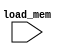
//////////////////////////////////////////////////////////////////////////////////
// Company: 
// Engineer: 
// 
// Design Name: 
// Module Name: X_Rom
// Project Name: 
// Target Devices: 
// Tool Versions: 
// Description: 
// 
// Dependencies: 
// 
// Revision:
// Revision 0.01 - File Created
// Additional Comments:
// 
//////////////////////////////////////////////////////////////////////////////////

module X_Rom(
  input load_mem
);
    reg [31:0] mem [511:0];
    always @(posedge load_mem)
    begin
        mem[0] = 10'b1100000001;
        mem[1] = 10'b1100000010;
        mem[2] = 10'b1100000011;
        mem[3] = 10'b1100000100;
        mem[4] = 10'b1100000101;
        mem[5] = 10'b1100000110;
        mem[6] = 10'b1100000111;
        mem[7] = 10'b1100001000;
        mem[8] = 10'b1100001001;
        mem[9] = 10'b1100001010;
        mem[10] = 10'b1100001011;
        mem[11] = 10'b1100001100;
        mem[12] = 10'b1100001101;
        mem[13] = 10'b1100001110;
        mem[14] = 10'b1100001111;
        mem[15] = 10'b1100010000;
        mem[16] = 10'b1100010001;
        mem[17] = 10'b1100010010;
        mem[18] = 10'b1100010011;
        mem[19] = 10'b1100010100;
        mem[20] = 10'b1100010101;
        mem[21] = 10'b1100010110;
        mem[22] = 10'b1100010111;
        mem[23] = 10'b1100011000;
        mem[24] = 10'b1100011001;
        mem[25] = 10'b1100011010;
        mem[26] = 10'b1100011011;
        mem[27] = 10'b1100011100;
        mem[28] = 10'b1100011101;
        mem[29] = 10'b1100011110;
        mem[30] = 10'b1100011111;
        mem[31] = 10'b1100100000;
        mem[32] = 10'b1100100001;
        mem[33] = 10'b1100100010;
        mem[34] = 10'b1100100011;
        mem[35] = 10'b1100100100;
        mem[36] = 10'b1100100101;
        mem[37] = 10'b1100100110;
        mem[38] = 10'b1100100111;
        mem[39] = 10'b1100101000;
        mem[40] = 10'b1100101001;
        mem[41] = 10'b1100101010;
        mem[42] = 10'b1100101011;
        mem[43] = 10'b1100101100;
        mem[44] = 10'b1100101101;
        mem[45] = 10'b1100101110;
        mem[46] = 10'b1100101111;
        mem[47] = 10'b1100110000;
        mem[48] = 10'b1100110001;
        mem[49] = 10'b1100110010;
        mem[50] = 10'b1100110011;
        mem[51] = 10'b1100110100;
        mem[52] = 10'b1100110101;
        mem[53] = 10'b1100110110;
        mem[54] = 10'b1100110111;
        mem[55] = 10'b1100111000;
        mem[56] = 10'b1100111001;
        mem[57] = 10'b1100111010;
        mem[58] = 10'b1100111011;
        mem[59] = 10'b1100111100;
        mem[60] = 10'b1100111101;
        mem[61] = 10'b1100111110;
        mem[62] = 10'b1100111111;
        mem[63] = 10'b1101000000;
        mem[64] = 10'b1101000001;
        mem[65] = 10'b1101000010;
        mem[66] = 10'b1101000011;
        mem[67] = 10'b1101000100;
        mem[68] = 10'b1101000101;
        mem[69] = 10'b1101000110;
        mem[70] = 10'b1101000111;
        mem[71] = 10'b1101001000;
        mem[72] = 10'b1101001001;
        mem[73] = 10'b1101001010;
        mem[74] = 10'b1101001011;
        mem[75] = 10'b1101001100;
        mem[76] = 10'b1101001101;
        mem[77] = 10'b1101001110;
        mem[78] = 10'b1101001111;
        mem[79] = 10'b1101010000;
        mem[80] = 10'b1101010001;
        mem[81] = 10'b1101010010;
        mem[82] = 10'b1101010011;
        mem[83] = 10'b1101010100;
        mem[84] = 10'b1101010101;
        mem[85] = 10'b1101010110;
        mem[86] = 10'b1101010111;
        mem[87] = 10'b1101011000;
        mem[88] = 10'b1101011001;
        mem[89] = 10'b1101011010;
        mem[90] = 10'b1101011011;
        mem[91] = 10'b1101011100;
        mem[92] = 10'b1101011101;
        mem[93] = 10'b1101011110;
        mem[94] = 10'b1101011111;
        mem[95] = 10'b1101100000;
        mem[96] = 10'b1101100001;
        mem[97] = 10'b1101100010;
        mem[98] = 10'b1101100011;
        mem[99] = 10'b1101100100;
        mem[100] = 10'b1101100101;
        mem[101] = 10'b1101100110;
        mem[102] = 10'b1101100111;
        mem[103] = 10'b1101101000;
        mem[104] = 10'b1101101001;
        mem[105] = 10'b1101101010;
        mem[106] = 10'b1101101011;
        mem[107] = 10'b1101101100;
        mem[108] = 10'b1101101101;
        mem[109] = 10'b1101101110;
        mem[110] = 10'b1101101111;
        mem[111] = 10'b1101110000;
        mem[112] = 10'b1101110001;
        mem[113] = 10'b1101110010;
        mem[114] = 10'b1101110011;
        mem[115] = 10'b1101110100;
        mem[116] = 10'b1101110101;
        mem[117] = 10'b1101110110;
        mem[118] = 10'b1101110111;
        mem[119] = 10'b1101111000;
        mem[120] = 10'b1101111001;
        mem[121] = 10'b1101111010;
        mem[122] = 10'b1101111011;
        mem[123] = 10'b1101111100;
        mem[124] = 10'b1101111101;
        mem[125] = 10'b1101111110;
        mem[126] = 10'b1101111111;
        mem[127] = 10'b1110000000;
        mem[128] = 10'b1110000001;
        mem[129] = 10'b1110000010;
        mem[130] = 10'b1110000011;
        mem[131] = 10'b1110000100;
        mem[132] = 10'b1110000101;
        mem[133] = 10'b1110000110;
        mem[134] = 10'b1110000111;
        mem[135] = 10'b1110001000;
        mem[136] = 10'b1110001001;
        mem[137] = 10'b1110001010;
        mem[138] = 10'b1110001011;
        mem[139] = 10'b1110001100;
        mem[140] = 10'b1110001101;
        mem[141] = 10'b1110001110;
        mem[142] = 10'b1110001111;
        mem[143] = 10'b1110010000;
        mem[144] = 10'b1110010001;
        mem[145] = 10'b1110010010;
        mem[146] = 10'b1110010011;
        mem[147] = 10'b1110010100;
        mem[148] = 10'b1110010101;
        mem[149] = 10'b1110010110;
        mem[150] = 10'b1110010111;
        mem[151] = 10'b1110011000;
        mem[152] = 10'b1110011001;
        mem[153] = 10'b1110011010;
        mem[154] = 10'b1110011011;
        mem[155] = 10'b1110011100;
        mem[156] = 10'b1110011101;
        mem[157] = 10'b1110011110;
        mem[158] = 10'b1110011111;
        mem[159] = 10'b1110100000;
        mem[160] = 10'b1110100001;
        mem[161] = 10'b1110100010;
        mem[162] = 10'b1110100011;
        mem[163] = 10'b1110100100;
        mem[164] = 10'b1110100101;
        mem[165] = 10'b1110100110;
        mem[166] = 10'b1110100111;
        mem[167] = 10'b1110101000;
        mem[168] = 10'b1110101001;
        mem[169] = 10'b1110101010;
        mem[170] = 10'b1110101011;
        mem[171] = 10'b1110101100;
        mem[172] = 10'b1110101101;
        mem[173] = 10'b1110101110;
        mem[174] = 10'b1110101111;
        mem[175] = 10'b1110110000;
        mem[176] = 10'b1110110001;
        mem[177] = 10'b1110110010;
        mem[178] = 10'b1110110011;
        mem[179] = 10'b1110110100;
        mem[180] = 10'b1110110101;
        mem[181] = 10'b1110110110;
        mem[182] = 10'b1110110111;
        mem[183] = 10'b1110111000;
        mem[184] = 10'b1110111001;
        mem[185] = 10'b1110111010;
        mem[186] = 10'b1110111011;
        mem[187] = 10'b1110111100;
        mem[188] = 10'b1110111101;
        mem[189] = 10'b1110111110;
        mem[190] = 10'b1110111111;
        mem[191] = 10'b1111000000;
        mem[192] = 10'b1111000001;
        mem[193] = 10'b1111000010;
        mem[194] = 10'b1111000011;
        mem[195] = 10'b1111000100;
        mem[196] = 10'b1111000101;
        mem[197] = 10'b1111000110;
        mem[198] = 10'b1111000111;
        mem[199] = 10'b1111001000;
        mem[200] = 10'b1111001001;
        mem[201] = 10'b1111001010;
        mem[202] = 10'b1111001011;
        mem[203] = 10'b1111001100;
        mem[204] = 10'b1111001101;
        mem[205] = 10'b1111001110;
        mem[206] = 10'b1111001111;
        mem[207] = 10'b1111010000;
        mem[208] = 10'b1111010001;
        mem[209] = 10'b1111010010;
        mem[210] = 10'b1111010011;
        mem[211] = 10'b1111010100;
        mem[212] = 10'b1111010101;
        mem[213] = 10'b1111010110;
        mem[214] = 10'b1111010111;
        mem[215] = 10'b1111011000;
        mem[216] = 10'b1111011001;
        mem[217] = 10'b1111011010;
        mem[218] = 10'b1111011011;
        mem[219] = 10'b1111011100;
        mem[220] = 10'b1111011101;
        mem[221] = 10'b1111011110;
        mem[222] = 10'b1111011111;
        mem[223] = 10'b1111100000;
        mem[224] = 10'b1111100001;
        mem[225] = 10'b1111100010;
        mem[226] = 10'b1111100011;
        mem[227] = 10'b1111100100;
        mem[228] = 10'b1111100101;
        mem[229] = 10'b1111100110;
        mem[230] = 10'b1111100111;
        mem[231] = 10'b1111101000;
        mem[232] = 10'b1111101001;
        mem[233] = 10'b1111101010;
        mem[234] = 10'b1111101011;
        mem[235] = 10'b1111101100;
        mem[236] = 10'b1111101101;
        mem[237] = 10'b1111101110;
        mem[238] = 10'b1111101111;
        mem[239] = 10'b1111110000;
        mem[240] = 10'b1111110001;
        mem[241] = 10'b1111110010;
        mem[242] = 10'b1111110011;
        mem[243] = 10'b1111110100;
        mem[244] = 10'b1111110101;
        mem[245] = 10'b1111110110;
        mem[246] = 10'b1111110111;
        mem[247] = 10'b1111111000;
        mem[248] = 10'b1111111001;
        mem[249] = 10'b1111111010;
        mem[250] = 10'b1111111011;
        mem[251] = 10'b1111111100;
        mem[252] = 10'b1111111101;
        mem[253] = 10'b1111111110;
        mem[254] = 10'b1111111111;
        mem[255] = 10'b0000000000;
        mem[256] = 10'b0000000001;
        mem[257] = 10'b0000000010;
        mem[258] = 10'b0000000011;
        mem[259] = 10'b0000000100;
        mem[260] = 10'b0000000101;
        mem[261] = 10'b0000000110;
        mem[262] = 10'b0000000111;
        mem[263] = 10'b0000001000;
        mem[264] = 10'b0000001001;
        mem[265] = 10'b0000001010;
        mem[266] = 10'b0000001011;
        mem[267] = 10'b0000001100;
        mem[268] = 10'b0000001101;
        mem[269] = 10'b0000001110;
        mem[270] = 10'b0000001111;
        mem[271] = 10'b0000010000;
        mem[272] = 10'b0000010001;
        mem[273] = 10'b0000010010;
        mem[274] = 10'b0000010011;
        mem[275] = 10'b0000010100;
        mem[276] = 10'b0000010101;
        mem[277] = 10'b0000010110;
        mem[278] = 10'b0000010111;
        mem[279] = 10'b0000011000;
        mem[280] = 10'b0000011001;
        mem[281] = 10'b0000011010;
        mem[282] = 10'b0000011011;
        mem[283] = 10'b0000011100;
        mem[284] = 10'b0000011101;
        mem[285] = 10'b0000011110;
        mem[286] = 10'b0000011111;
        mem[287] = 10'b0000100000;
        mem[288] = 10'b0000100001;
        mem[289] = 10'b0000100010;
        mem[290] = 10'b0000100011;
        mem[291] = 10'b0000100100;
        mem[292] = 10'b0000100101;
        mem[293] = 10'b0000100110;
        mem[294] = 10'b0000100111;
        mem[295] = 10'b0000101000;
        mem[296] = 10'b0000101001;
        mem[297] = 10'b0000101010;
        mem[298] = 10'b0000101011;
        mem[299] = 10'b0000101100;
        mem[300] = 10'b0000101101;
        mem[301] = 10'b0000101110;
        mem[302] = 10'b0000101111;
        mem[303] = 10'b0000110000;
        mem[304] = 10'b0000110001;
        mem[305] = 10'b0000110010;
        mem[306] = 10'b0000110011;
        mem[307] = 10'b0000110100;
        mem[308] = 10'b0000110101;
        mem[309] = 10'b0000110110;
        mem[310] = 10'b0000110111;
        mem[311] = 10'b0000111000;
        mem[312] = 10'b0000111001;
        mem[313] = 10'b0000111010;
        mem[314] = 10'b0000111011;
        mem[315] = 10'b0000111100;
        mem[316] = 10'b0000111101;
        mem[317] = 10'b0000111110;
        mem[318] = 10'b0000111111;
        mem[319] = 10'b0001000000;
        mem[320] = 10'b0001000001;
        mem[321] = 10'b0001000010;
        mem[322] = 10'b0001000011;
        mem[323] = 10'b0001000100;
        mem[324] = 10'b0001000101;
        mem[325] = 10'b0001000110;
        mem[326] = 10'b0001000111;
        mem[327] = 10'b0001001000;
        mem[328] = 10'b0001001001;
        mem[329] = 10'b0001001010;
        mem[330] = 10'b0001001011;
        mem[331] = 10'b0001001100;
        mem[332] = 10'b0001001101;
        mem[333] = 10'b0001001110;
        mem[334] = 10'b0001001111;
        mem[335] = 10'b0001010000;
        mem[336] = 10'b0001010001;
        mem[337] = 10'b0001010010;
        mem[338] = 10'b0001010011;
        mem[339] = 10'b0001010100;
        mem[340] = 10'b0001010101;
        mem[341] = 10'b0001010110;
        mem[342] = 10'b0001010111;
        mem[343] = 10'b0001011000;
        mem[344] = 10'b0001011001;
        mem[345] = 10'b0001011010;
        mem[346] = 10'b0001011011;
        mem[347] = 10'b0001011100;
        mem[348] = 10'b0001011101;
        mem[349] = 10'b0001011110;
        mem[350] = 10'b0001011111;
        mem[351] = 10'b0001100000;
        mem[352] = 10'b0001100001;
        mem[353] = 10'b0001100010;
        mem[354] = 10'b0001100011;
        mem[355] = 10'b0001100100;
        mem[356] = 10'b0001100101;
        mem[357] = 10'b0001100110;
        mem[358] = 10'b0001100111;
        mem[359] = 10'b0001101000;
        mem[360] = 10'b0001101001;
        mem[361] = 10'b0001101010;
        mem[362] = 10'b0001101011;
        mem[363] = 10'b0001101100;
        mem[364] = 10'b0001101101;
        mem[365] = 10'b0001101110;
        mem[366] = 10'b0001101111;
        mem[367] = 10'b0001110000;
        mem[368] = 10'b0001110001;
        mem[369] = 10'b0001110010;
        mem[370] = 10'b0001110011;
        mem[371] = 10'b0001110100;
        mem[372] = 10'b0001110101;
        mem[373] = 10'b0001110110;
        mem[374] = 10'b0001110111;
        mem[375] = 10'b0001111000;
        mem[376] = 10'b0001111001;
        mem[377] = 10'b0001111010;
        mem[378] = 10'b0001111011;
        mem[379] = 10'b0001111100;
        mem[380] = 10'b0001111101;
        mem[381] = 10'b0001111110;
        mem[382] = 10'b0001111111;
        mem[383] = 10'b0010000000;
        mem[384] = 10'b0010000001;
        mem[385] = 10'b0010000010;
        mem[386] = 10'b0010000011;
        mem[387] = 10'b0010000100;
        mem[388] = 10'b0010000101;
        mem[389] = 10'b0010000110;
        mem[390] = 10'b0010000111;
        mem[391] = 10'b0010001000;
        mem[392] = 10'b0010001001;
        mem[393] = 10'b0010001010;
        mem[394] = 10'b0010001011;
        mem[395] = 10'b0010001100;
        mem[396] = 10'b0010001101;
        mem[397] = 10'b0010001110;
        mem[398] = 10'b0010001111;
        mem[399] = 10'b0010010000;
        mem[400] = 10'b0010010001;
        mem[401] = 10'b0010010010;
        mem[402] = 10'b0010010011;
        mem[403] = 10'b0010010100;
        mem[404] = 10'b0010010101;
        mem[405] = 10'b0010010110;
        mem[406] = 10'b0010010111;
        mem[407] = 10'b0010011000;
        mem[408] = 10'b0010011001;
        mem[409] = 10'b0010011010;
        mem[410] = 10'b0010011011;
        mem[411] = 10'b0010011100;
        mem[412] = 10'b0010011101;
        mem[413] = 10'b0010011110;
        mem[414] = 10'b0010011111;
        mem[415] = 10'b0010100000;
        mem[416] = 10'b0010100001;
        mem[417] = 10'b0010100010;
        mem[418] = 10'b0010100011;
        mem[419] = 10'b0010100100;
        mem[420] = 10'b0010100101;
        mem[421] = 10'b0010100110;
        mem[422] = 10'b0010100111;
        mem[423] = 10'b0010101000;
        mem[424] = 10'b0010101001;
        mem[425] = 10'b0010101010;
        mem[426] = 10'b0010101011;
        mem[427] = 10'b0010101100;
        mem[428] = 10'b0010101101;
        mem[429] = 10'b0010101110;
        mem[430] = 10'b0010101111;
        mem[431] = 10'b0010110000;
        mem[432] = 10'b0010110001;
        mem[433] = 10'b0010110010;
        mem[434] = 10'b0010110011;
        mem[435] = 10'b0010110100;
        mem[436] = 10'b0010110101;
        mem[437] = 10'b0010110110;
        mem[438] = 10'b0010110111;
        mem[439] = 10'b0010111000;
        mem[440] = 10'b0010111001;
        mem[441] = 10'b0010111010;
        mem[442] = 10'b0010111011;
        mem[443] = 10'b0010111100;
        mem[444] = 10'b0010111101;
        mem[445] = 10'b0010111110;
        mem[446] = 10'b0010111111;
        mem[447] = 10'b0011000000;
        mem[448] = 10'b0011000001;
        mem[449] = 10'b0011000010;
        mem[450] = 10'b0011000011;
        mem[451] = 10'b0011000100;
        mem[452] = 10'b0011000101;
        mem[453] = 10'b0011000110;
        mem[454] = 10'b0011000111;
        mem[455] = 10'b0011001000;
        mem[456] = 10'b0011001001;
        mem[457] = 10'b0011001010;
        mem[458] = 10'b0011001011;
        mem[459] = 10'b0011001100;
        mem[460] = 10'b0011001101;
        mem[461] = 10'b0011001110;
        mem[462] = 10'b0011001111;
        mem[463] = 10'b0011010000;
        mem[464] = 10'b0011010001;
        mem[465] = 10'b0011010010;
        mem[466] = 10'b0011010011;
        mem[467] = 10'b0011010100;
        mem[468] = 10'b0011010101;
        mem[469] = 10'b0011010110;
        mem[470] = 10'b0011010111;
        mem[471] = 10'b0011011000;
        mem[472] = 10'b0011011001;
        mem[473] = 10'b0011011010;
        mem[474] = 10'b0011011011;
        mem[475] = 10'b0011011100;
        mem[476] = 10'b0011011101;
        mem[477] = 10'b0011011110;
        mem[478] = 10'b0011011111;
        mem[479] = 10'b0011100000;
        mem[480] = 10'b0011100001;
        mem[481] = 10'b0011100010;
        mem[482] = 10'b0011100011;
        mem[483] = 10'b0011100100;
        mem[484] = 10'b0011100101;
        mem[485] = 10'b0011100110;
        mem[486] = 10'b0011100111;
        mem[487] = 10'b0011101000;
        mem[488] = 10'b0011101001;
        mem[489] = 10'b0011101010;
        mem[490] = 10'b0011101011;
        mem[491] = 10'b0011101100;
        mem[492] = 10'b0011101101;
        mem[493] = 10'b0011101110;
        mem[494] = 10'b0011101111;
        mem[495] = 10'b0011110000;
        mem[496] = 10'b0011110001;
        mem[497] = 10'b0011110010;
        mem[498] = 10'b0011110011;
        mem[499] = 10'b0011110100;
        mem[500] = 10'b0011110101;
        mem[501] = 10'b0011110110;
        mem[502] = 10'b0011110111;
        mem[503] = 10'b0011111000;
        mem[504] = 10'b0011111001;
        mem[505] = 10'b0011111010;
        mem[506] = 10'b0011111011;
        mem[507] = 10'b0011111100;
        mem[508] = 10'b0011111101;
        mem[509] = 10'b0011111110;
        mem[510] = 10'b0011111111;
    end
endmodule